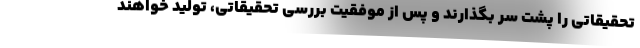
تحقیقاتی را پشت سر بگذارند و پس از موفقیت بررسی تحقیقاتی، تولید خواهند